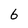
Character: 6